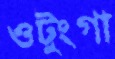
ওটুংগা